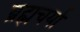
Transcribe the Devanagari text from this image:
ब्रह्मचर्या